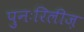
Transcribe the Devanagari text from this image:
पुनःरिलीज़